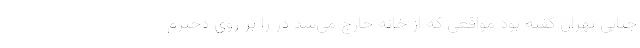
جنایی تهران گفته بود مواقعی که از خانه خارج می‌شد در را بر روی دخترم